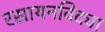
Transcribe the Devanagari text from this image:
रसायनविद्या